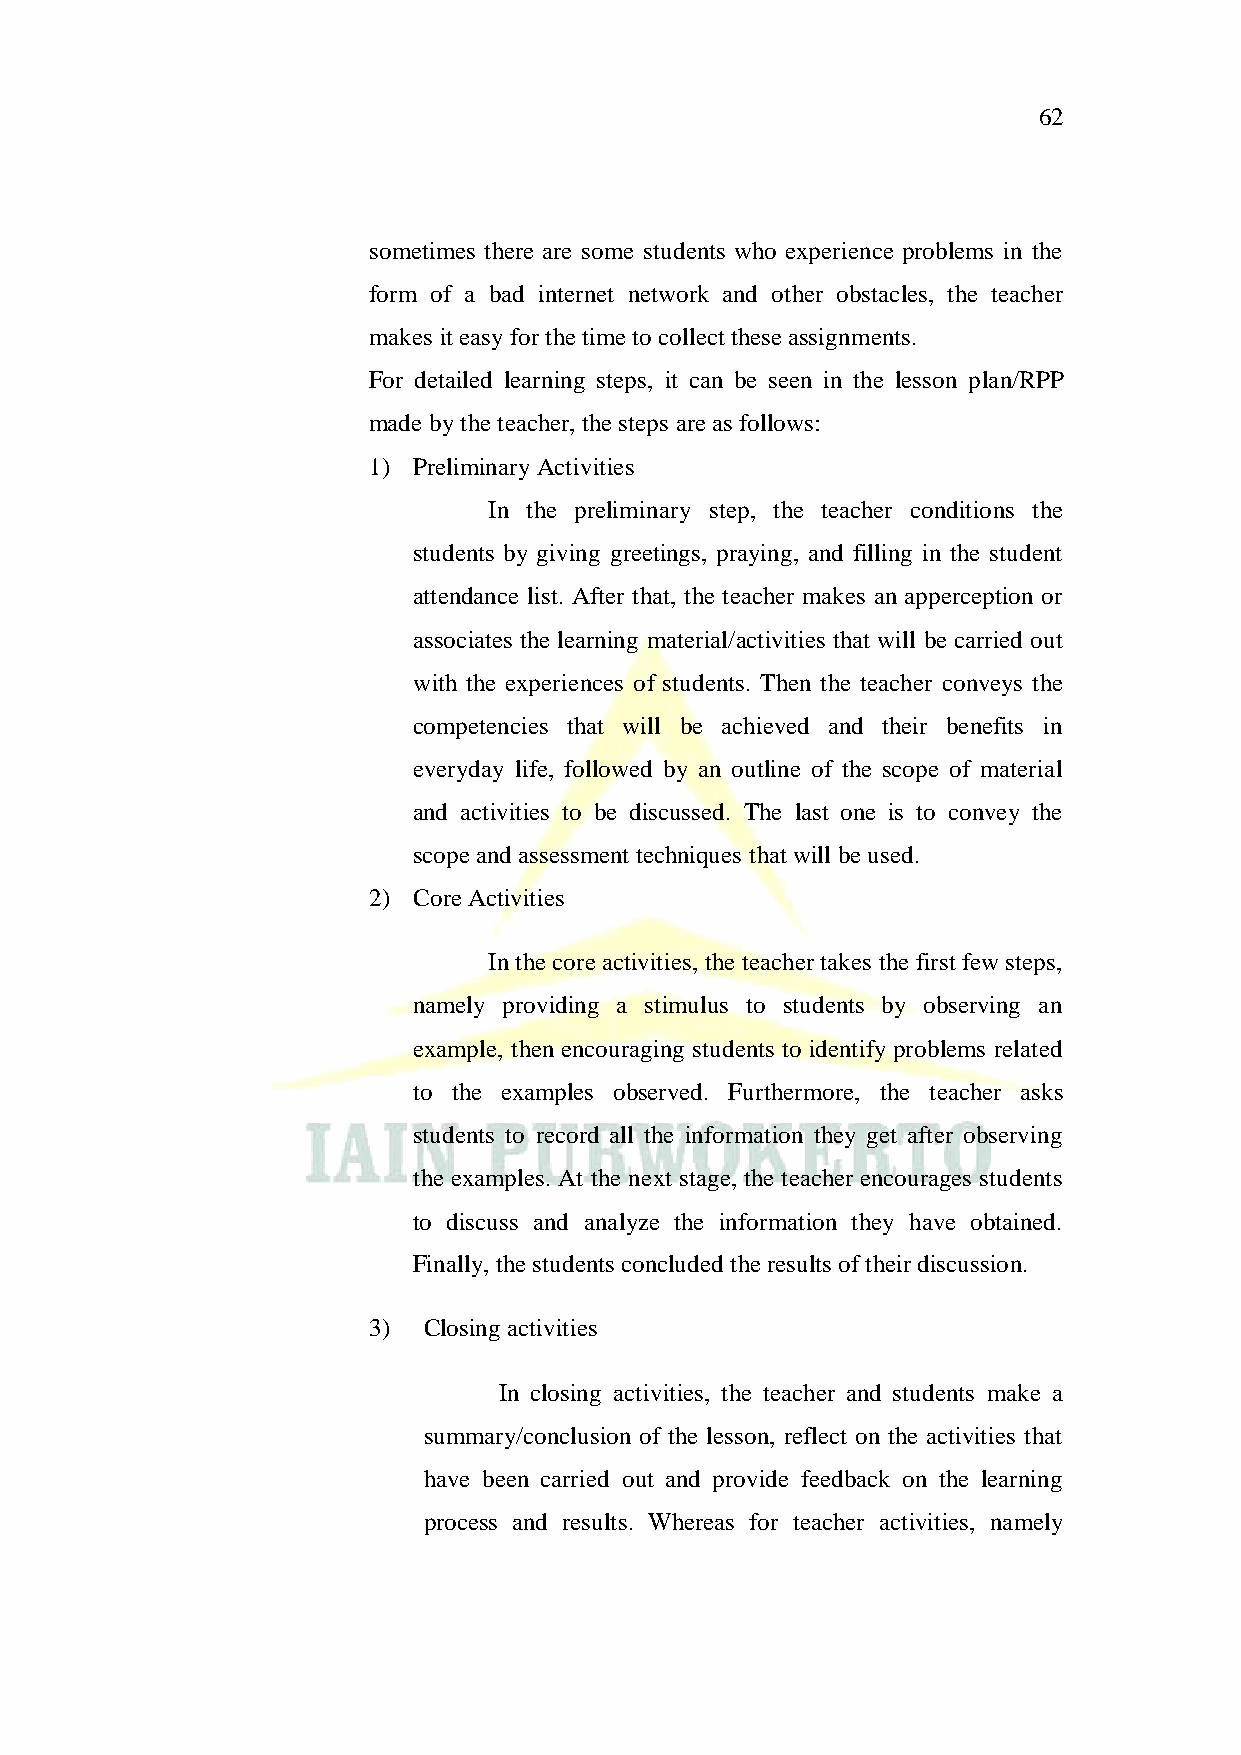
62
 sometimes there are some students who experience problems in the
 form of a bad internet network and other obstacles, the teacher
 makes it easy for the time to collect these assignments.
 For detailed learning steps, it can be seen in the lesson plan/RPP
 made by the teacher, the steps are as follows:
 1) Preliminary Activities
 In the preliminary step, the teacher conditions the
 students by giving greetings, praying, and filling in the student
 attendance list. After that, the teacher makes an apperception or
 associates the learning material/activities that will be carried out
 with the experiences of students. Then the teacher conveys the
 competencies that will be achieved and their benefits in
 everyday life, followed by an outline of the scope of material
 and activities to be discussed. The last one is to convey the
 scope and assessment techniques that will be used.
 2) Core Activities
 In the core activities, the teacher takes the first few steps,
 namely providing a stimulus to students by observing an
 example, then encouraging students to identify problems related
 to the examples observed. Furthermore, the teacher asks
 students to record all the information they get after observing
 the examples. At the next stage, the teacher encourages students
 to discuss and analyze the information they have obtained.
 Finally, the students concluded the results of their discussion.
 3)  Closing activities
 In closing activities, the teacher and students make a
 summary/conclusion of the lesson, reflect on the activities that
 have been carried out and provide feedback on the learning
 process and results. Whereas for teacher activities, namely